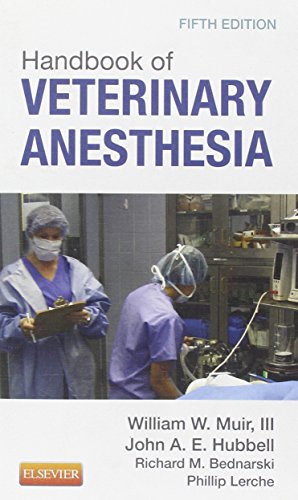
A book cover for Handbook of Veterinary Anesthesia, 5e; William W. Muir III DVM   PhD; Medical Books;